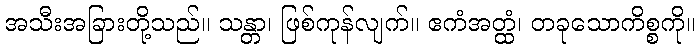
အသီးအခြားတို့သည်။ သန္တာ၊ ဖြစ်ကုန်လျက်။ ဧကံအတ္ထံ၊ တခုသောကိစ္စကို။